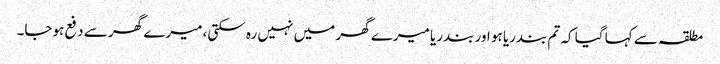
مطلقہ سے کہا گیا کہ تم بندریا ہو اور بندریا میرے گھر میں نہیں رہ سکتی، میرے گھر سے دفع ہوجا۔